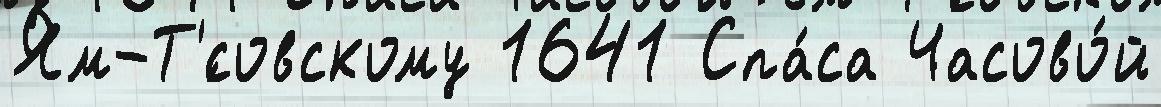
Ям-Т'́совскому 1641 Спа́са Часово́й